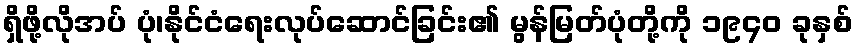
ရှိဖို့လိုအပ် ပုံ၊နိုင်ငံရေးလုပ်ဆောင်ခြင်း၏ မွန်မြတ်ပုံတို့ကို ၁၉၄၀ ခုနှစ်